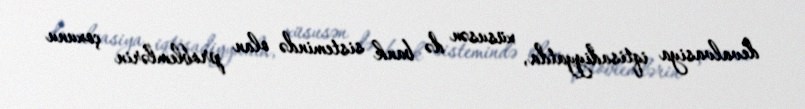
devalvasiya iqtisadiyyatda, xüsusən də bank sistemində olan problemlərin çoxunu